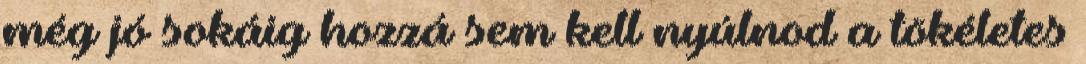
még jó sokáig hozzá sem kell nyúlnod a tökéletes